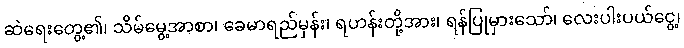
ဆဲရေးတွေ့၏၊ သိမ်မွေ့အာစာ၊ ခေမာရည်မှန်း၊ ရဟန်းတို့အား၊ ရန်ပြုမှားသော်၊ လေးပါးပယ်ငွေ့၊